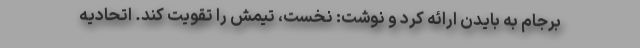
برجام به بایدن ارائه کرد و نوشت: نخست، تیمش را تقویت کند. اتحادیه